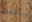
باللغة